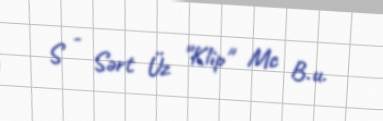
S - Sərt Üz "Klip" Mc B.u.